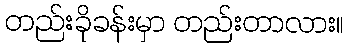
တည်းခိုခန်းမှာ တည်းတာလား။